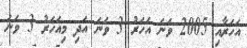
އަހަރާއި 2005 ވަނަ އަހަރު 3 ވަނަ އަދި މިއަހަރު 3 ވަނަ